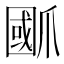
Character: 爴